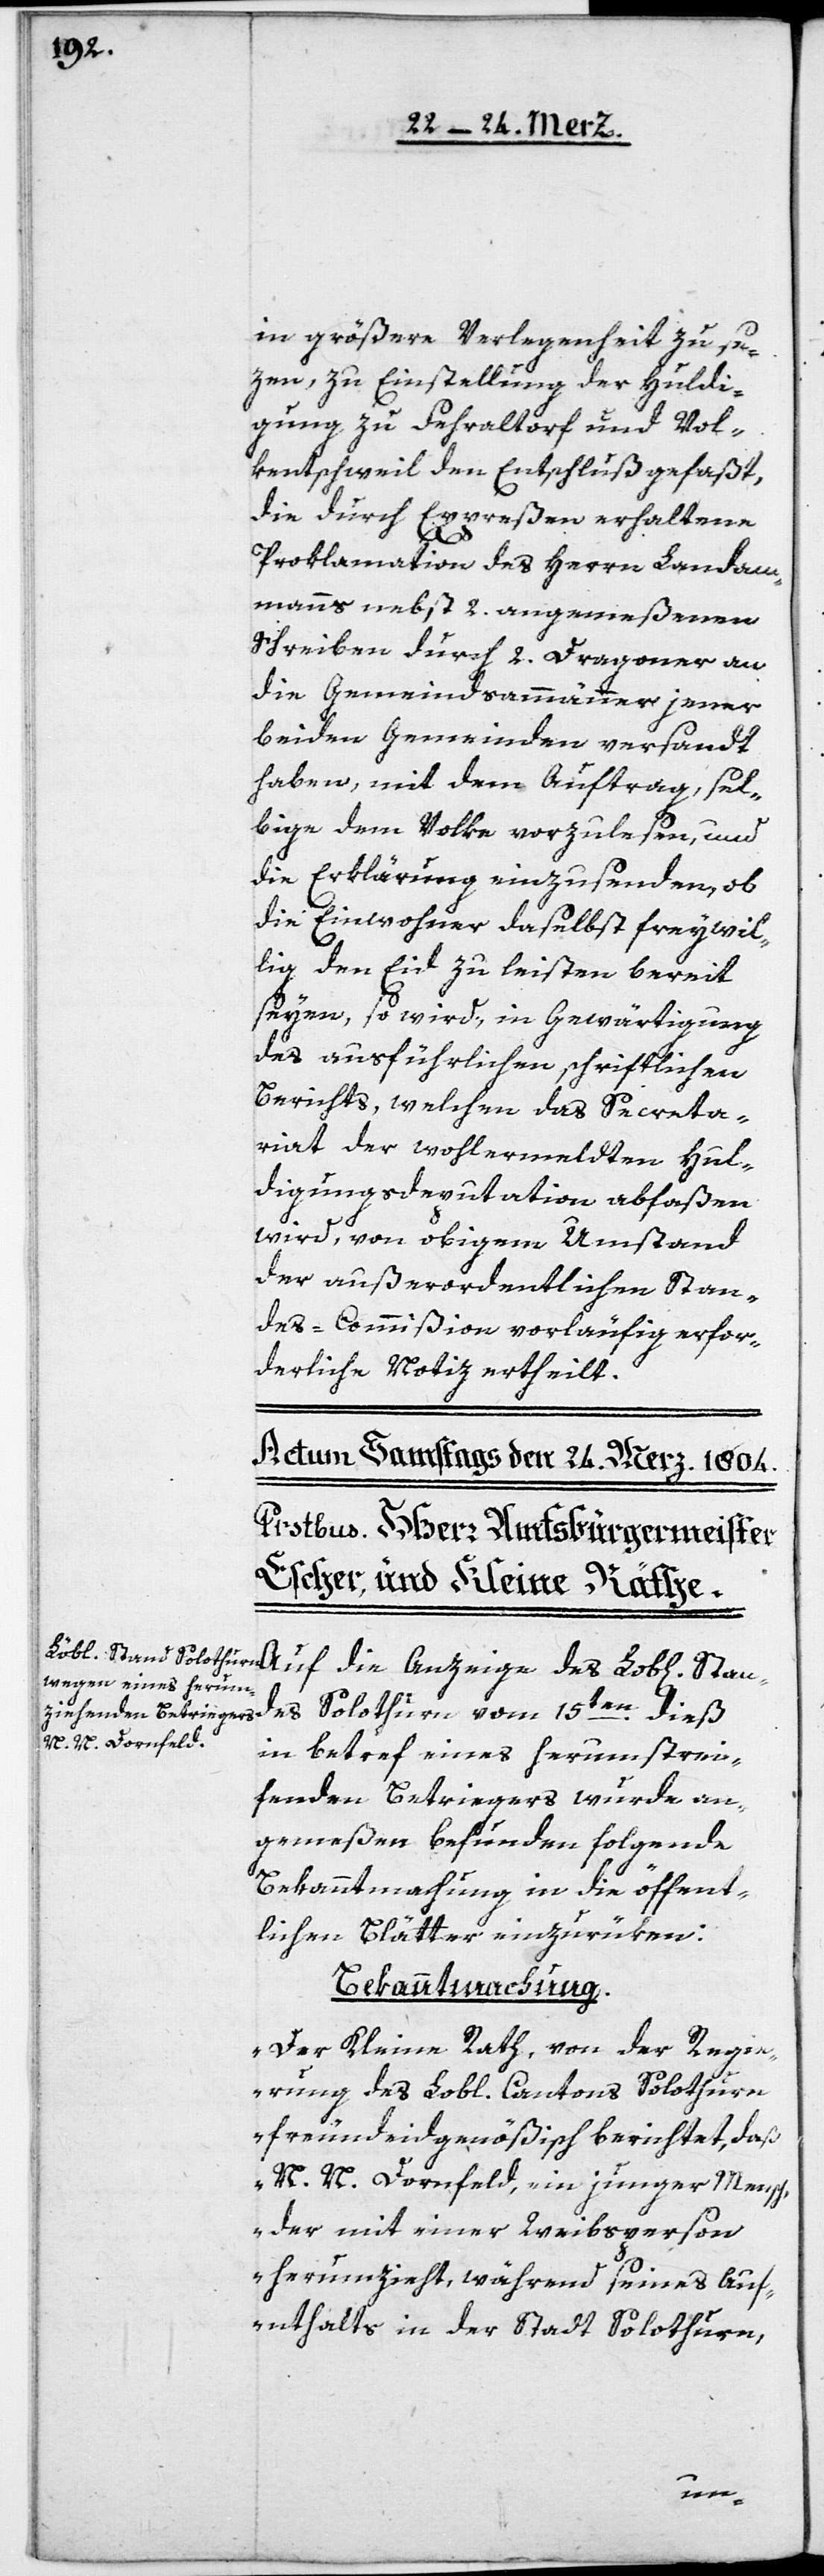
in größere Verlegenheit zu se¬
zen, zu Einstellung der Huldi¬
gung zu Fehraltorf und Vol¬
kentschweil den Entschluß gefaßt,
die durch Expreßen erhaltene
Proklamation des Herrn Landam¬
manns nebst 2. angemeßenen
Schreiben durch 2. Dragoner an
die Gemeindsammänner jener
beiden Gemeinden versandt
haben, mit dem Auftrag, sel¬
bige dem Volke vorzulesen, und
die Erklärung einzusenden, ob
die Einwohner daselbst freywil¬
lig den Eid zu leisten bereit
seyen, so wird, in Gewärtigung
des ausführlichen schriftlichen
Berichts, welchen das Secreta¬
riat der wohlermeldten Hul¬
digungs-Deputation abfaßen
wird, von obigem Umstand
der außerordentlichen Stan¬
des-Commißion vorläufig erfor¬
derliche Notiz ertheilt.
des Solothurn vom 15ten dieß,
in Betref eines herumstrei¬
fenden Betriegers wurde an¬
gemeßen befunden folgende
Bekanntmachung in die öffent¬
lichen Blätter einzurüken:
Bekanntmachung.
„Der Kleine Rath, von der Regie¬
rung des Lobl. Cantons Solothurn
freundeidgenößisch berichtet, daß
N. N. Dornfeld, ein junger Mensch,
der mit einer Weibsperson
herumzieht, während seines Auf¬
enthalts in der Stadt Solothurn,
Stan¬